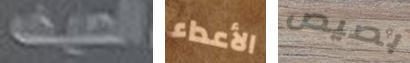
الصيف الأعداء بصيص